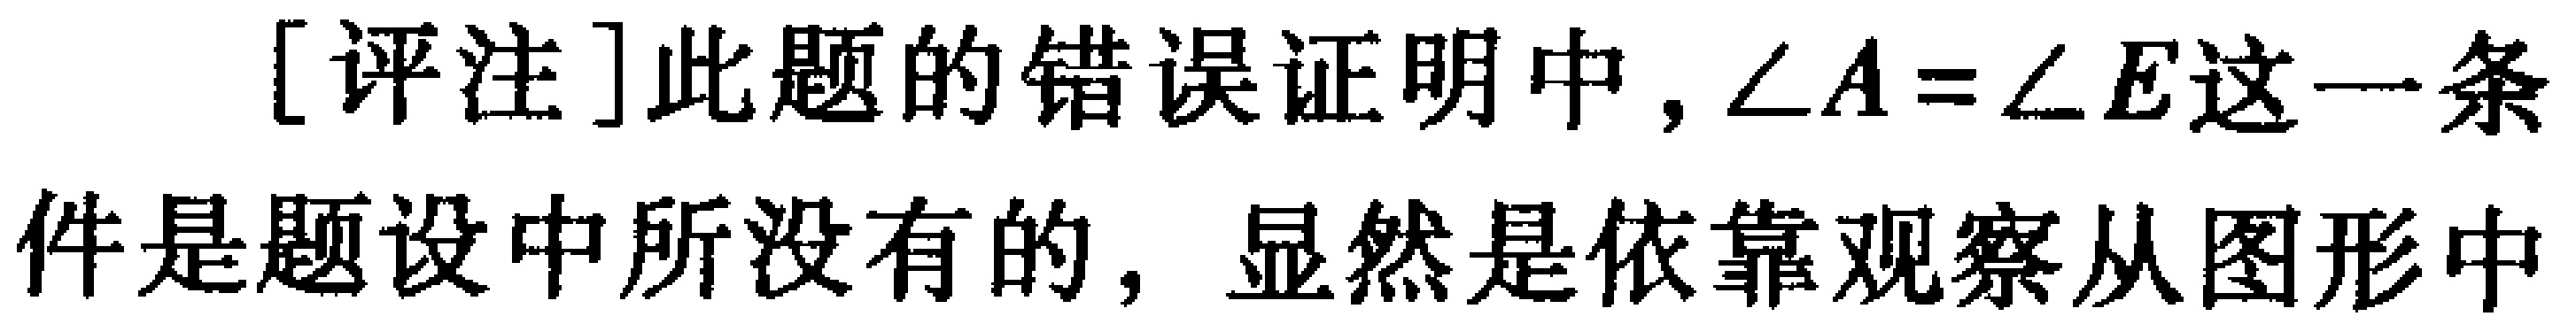
[评注]此题的错误证明中，$\angle A = \angle E$这一条件是题设中所没有的，显然是依靠观察从图形中